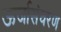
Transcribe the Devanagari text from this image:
ऊर्जासंचरण